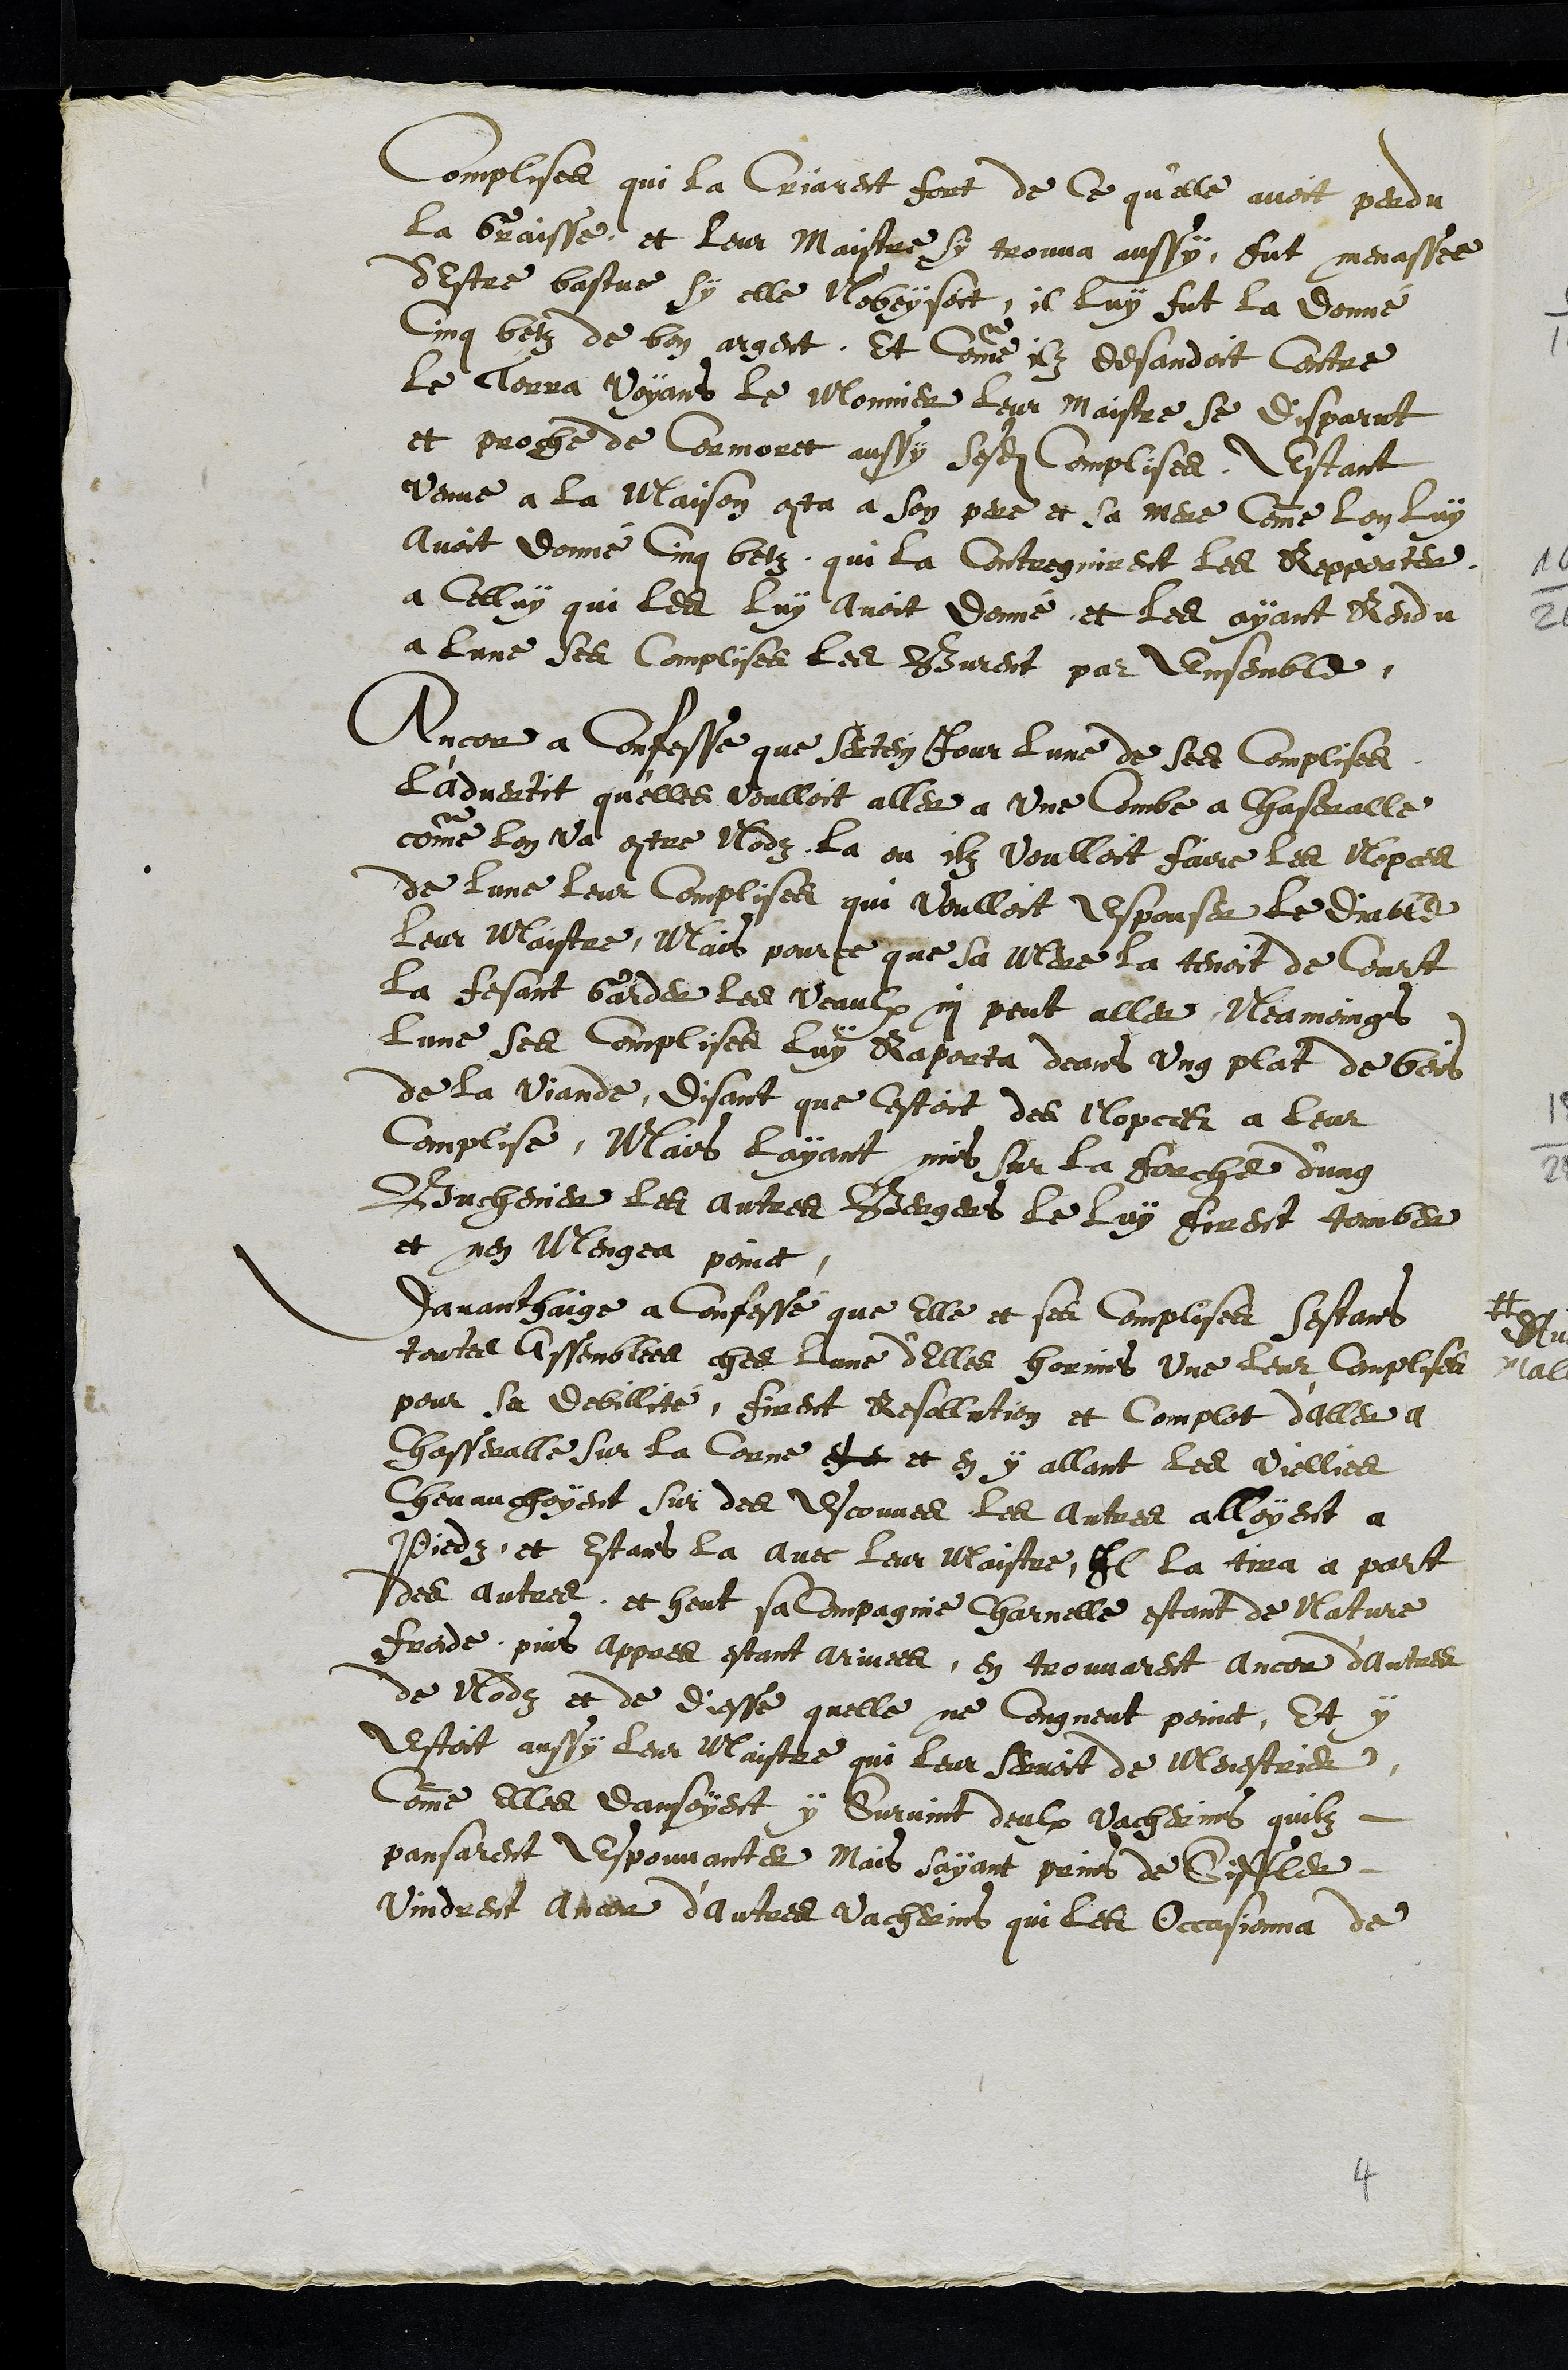
Complises qui la Criarent fort de ce qu'elle avoit perdu
la Graisse et leur Maistre sy trouva aussy fut menassee
d'estre bastue sy elle N'obeysoit, il luy fut la donné
Cinq betz de bon argent, Et comme ilz desandoit Contre
le Terra Voyant le Monnier leur maistre se disparut
et proche de Cormoret aussy sesdites Complises, Estant
venue a la maison conta a son pere et sa mere comme lon luy
avoit donné cinq betz, qui la Contregnirent les Repporter
a celluy qui les luy avoit donné, et les ayant Rendu
a lune ses complises les Burent par ensemble,
Ancor a confesse que sertein jour lune de ses complises
l'advertit qu'elles voulloit aller a une Combe a Chaseralle
comme lon va contre Nodz la ou ilz voulloit faire les Nopces
de lune leur Complises qui voulloit espouser le diable
leur Maistre, Mais pour ce que sa mere la tenoit de Court
la fesant Garder les Veaulx ni peut aller Neamoings
lune ses Complises luy Raporta deans ung plat de bois
de la viande, disant que cestoit des Nopces a leur
complise, Mais layant mis sur la forche d'ung
Buchenier les autres Bergers le luy firent tomber
et nen mengea poinct
Davanthaige a confessé que elle et ses complises sestans
toutes Assemblees ches lune d'elles hormis une leur complises
pour sa debillité, firent Resollution et complot d'aller a
Chasseralle sur la Corne de et en y allant les viellies
Chevauchoyent sur des Escouves les autres alloyent a
piedz, et Estans la avec leur maistre, Il la tira a part
des autres, et heut sa compagnie Charnelle estant de Nature
froide, puis appres estant arivees, en trouvarent ancor d'autres
de Nodz et de diesse quelle ne congneut poinct, Et y
estoit aussy leur Maistre qui leur servoit de Menestrier
Comme elles dansoyent y Survint deulx vacherins quilz
pansarent Espouvanter Mais sayant prins de Siffler
vindrent ancor d'autres vacherins qui les Occasionna de
4